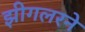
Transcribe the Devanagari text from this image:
झीगलरने